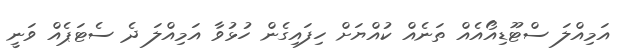
އަމިއްލަ ސްޓޫޑިއޯއެއް ތަނެއް ކުއްޔަށް ހިފައިގެން ހުޅުވާ އަމިއްލަ ދެ ސެޓަޕެއް ވަނީ